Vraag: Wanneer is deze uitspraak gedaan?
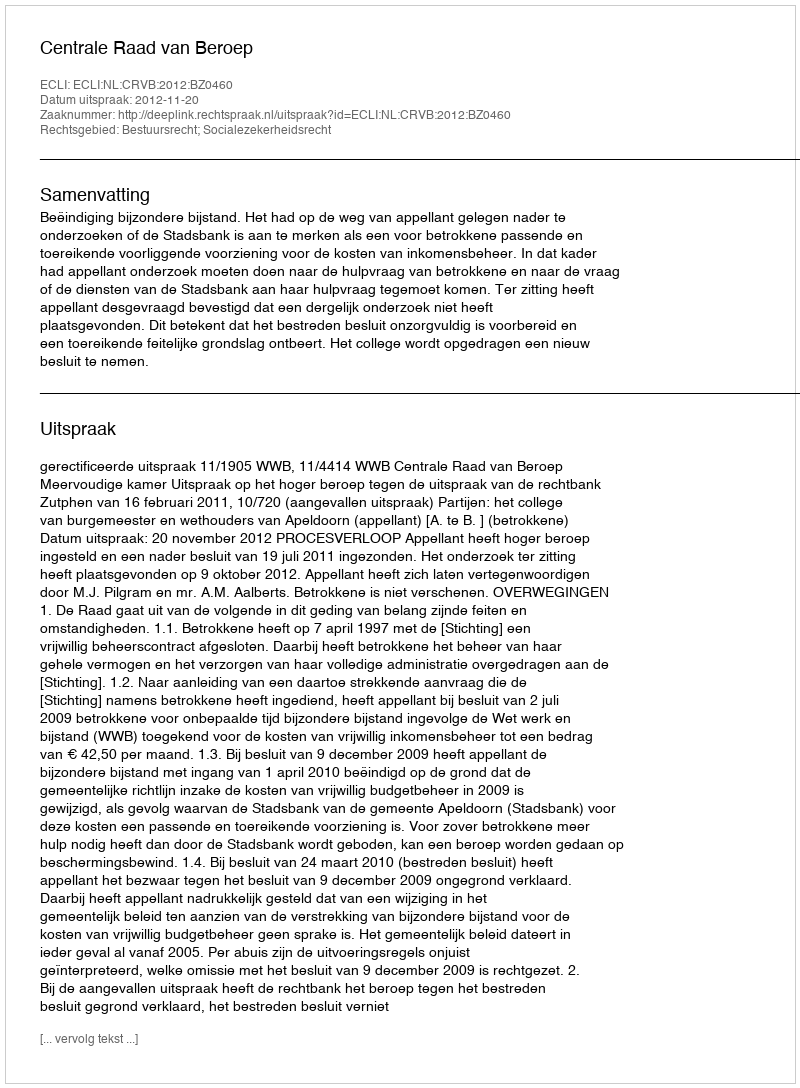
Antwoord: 2012-11-20